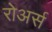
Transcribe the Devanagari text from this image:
रोअर्स